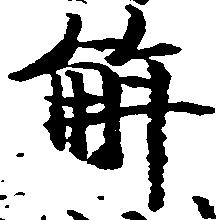
解